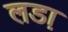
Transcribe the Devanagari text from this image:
लडा़